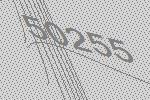
50255